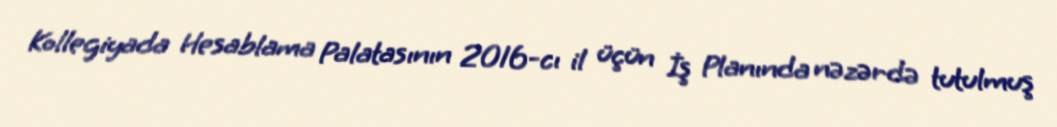
Kollegiyada Hesablama Palatasının 2016-cı il üçün İş Planında nəzərdə tutulmuş